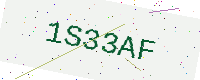
Text: 1S33AF